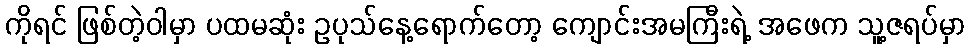
ကိုရင် ဖြစ်တဲ့ဝါမှာ ပထမဆုံး ဥပုသ်နေ့ရောက်တော့ ကျောင်းအမကြီးရဲ့ အဖေက သူ့ဇရပ်မှာ